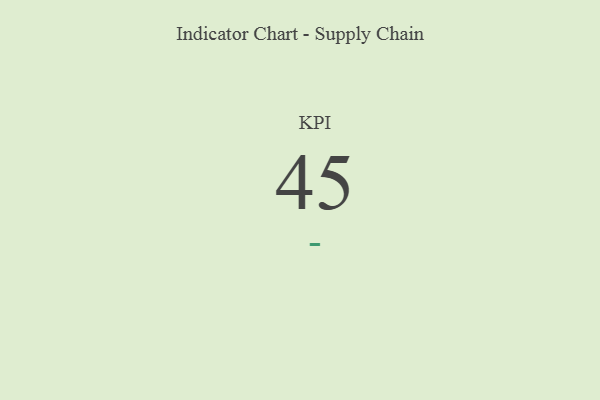
{"axis": {"x": "KPI", "y": "Value"}, "legend": [""], "data": [{"x": "KPI", "y": 45, "type": ""}]}